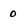
Character: 0